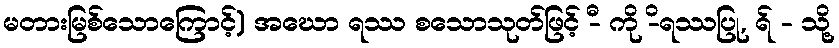
မတားမြစ်သောကြောင့်) အဃော ရဿ စသောသုတ်ဖြင့် -ီ ကို -ိရဿပြု, ရ် - သို့